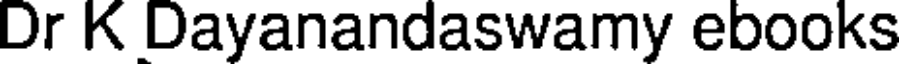
Dr K Dayanandaswamy ebooks